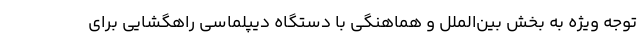
توجه ویژه به بخش بین‌الملل و هماهنگی با دستگاه دیپلماسی راهگشایی برای